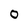
Character: O